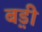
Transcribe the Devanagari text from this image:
ब़ड़ी